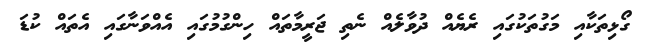
ގޯޅިތަކާއި މަގުތަކުގައި ރެޔެއް ދުވާލެއް ނެތި ޖަރީމާތައް ހިންގުމުގައި އެއްވަނާގައި އެތައް ކުޑަ